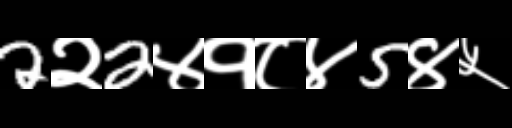
Text: 2२2४१८४5४५